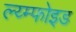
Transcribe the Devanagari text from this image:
ल्य्म्फोइड